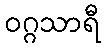
ဝဂ္ဂသာရီ